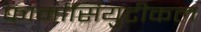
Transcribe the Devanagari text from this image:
फार्मासियुटीकल